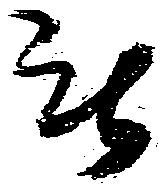
無